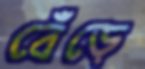
বেঁড়ে